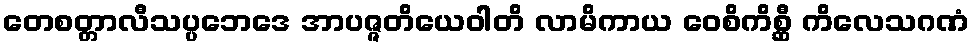
တေစတ္တာလီသပ္ပဘေဒေ အာပဇ္ဇတိယေဝါတိ လာမိကာယ ဝေစိကိစ္ဆီ ကိလေသဂဏံ